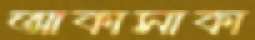
আকাসাকা